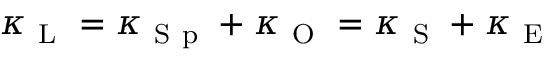
\kappa _ { \mathrm { ~ L ~ } } = \kappa _ { \mathrm { ~ S ~ p ~ } } + \kappa _ { \mathrm { ~ O ~ } } = \kappa _ { \mathrm { ~ S ~ } } + \kappa _ { \mathrm { ~ E ~ } }